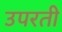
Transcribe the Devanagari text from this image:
उपरती